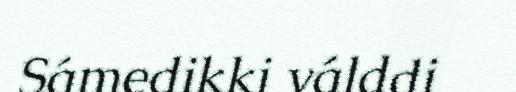
Sámedikki válddi